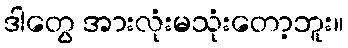
ဒါတွေ အားလုံးမသုံးတော့ဘူး။